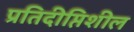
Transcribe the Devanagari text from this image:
प्रतिदीप्तिशील